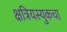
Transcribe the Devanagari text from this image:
क्षत्रियस्युकचा